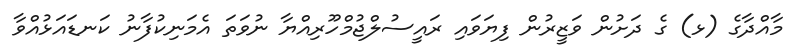
މާއްދާގެ (ޅ) ގެ ދަށުން ވަޒީރުން ފިޔަވައި ރައީސުލްޖުމްހޫރިއްޔާ ނުވަތަ އެމަނިކުފާނު ކަނޑައަޅުއްވާ